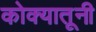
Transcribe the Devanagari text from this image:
कोक्यातूनी